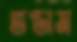
ভণ্ডাম